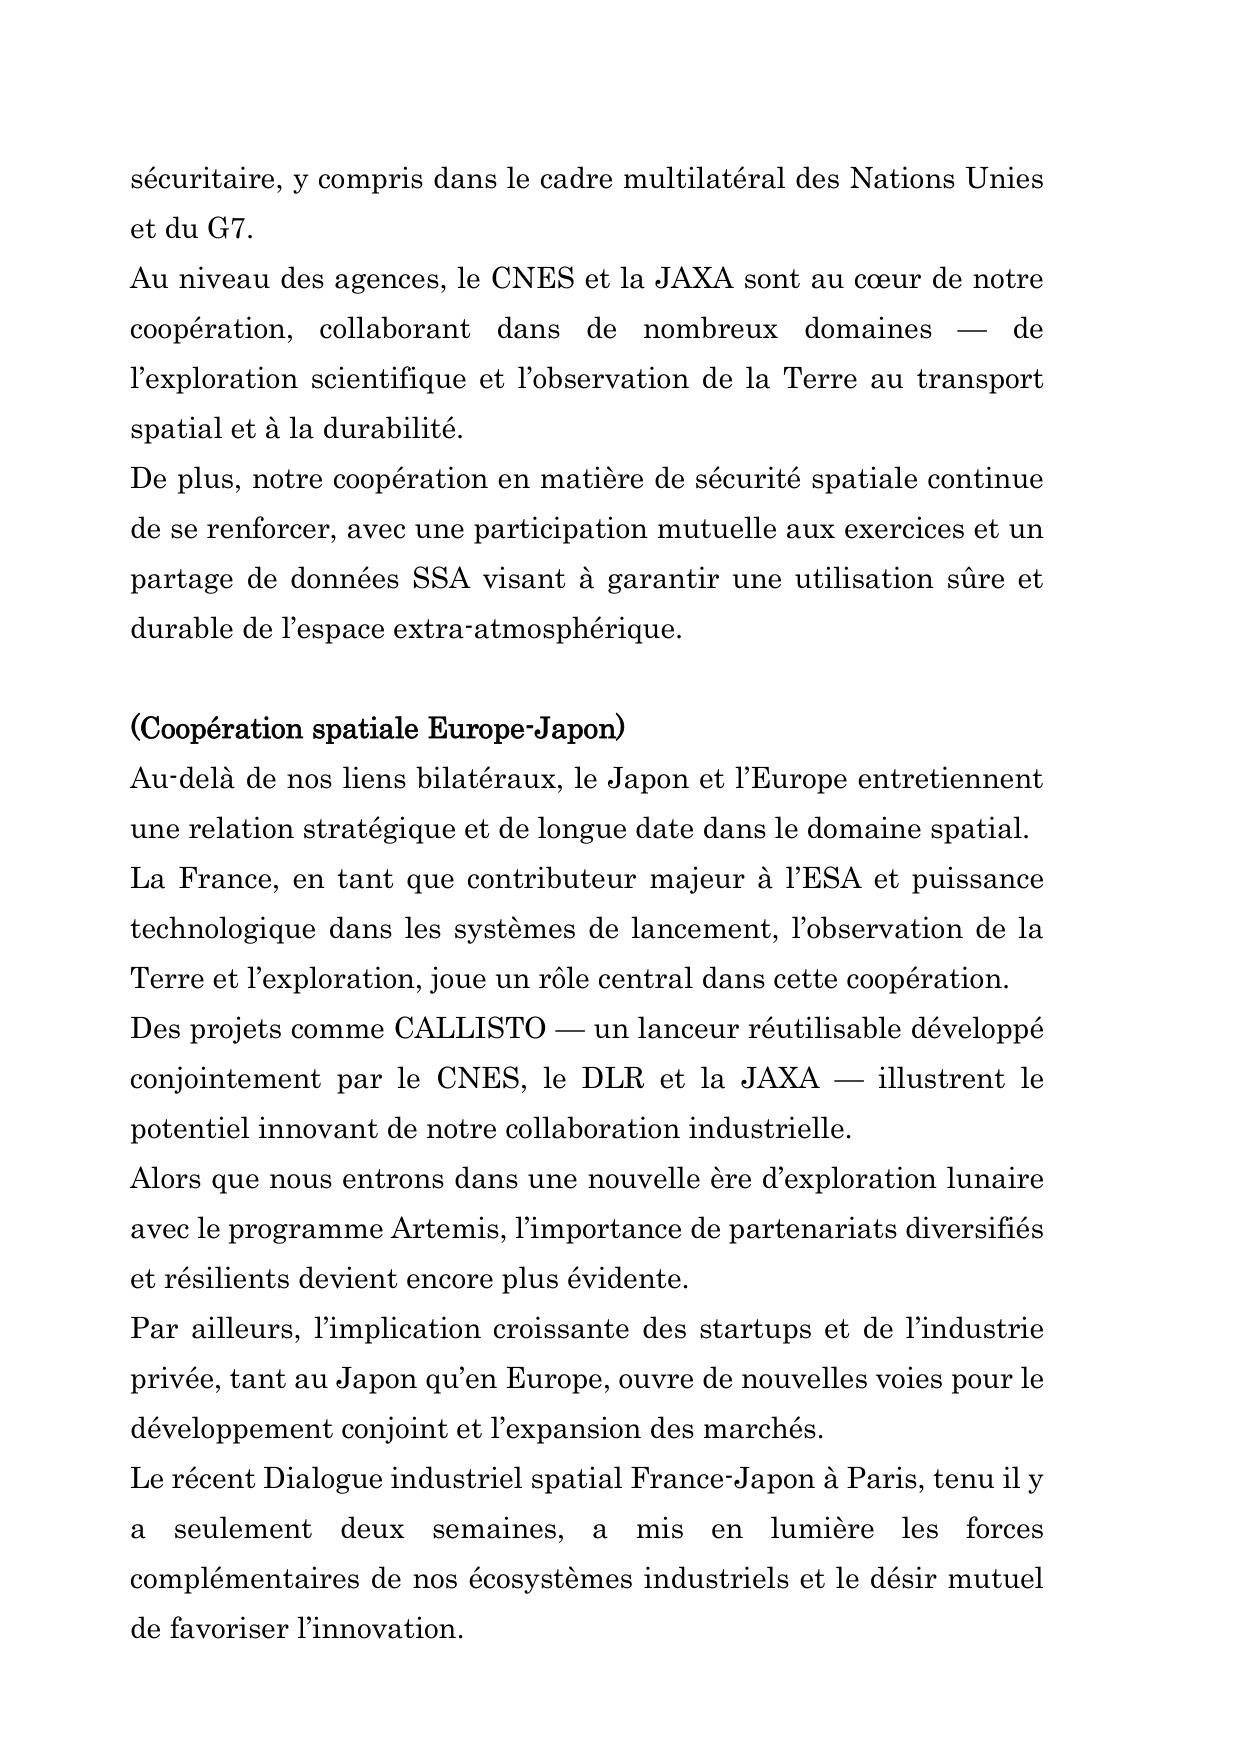
sécuritaire, y compris dans le cadre multilatéral des Nations Unies
et du G7.
Au niveau des agences, le CNES et la JAXA sont au cœur de notre
coopération, collaborant dans de nombreux domaines — de
l’exploration scientifique et l’observation de la Terre au transport
spatial et à la durabilité.
De plus, notre coopération en matière de sécurité spatiale continue
de se renforcer, avec une participation mutuelle aux exercices et un
partage de données SSA visant à garantir une utilisation sûre et
durable de l’espace extra-atmosphérique.

(Coopération spatiale Europe-Japon)
Au-delà de nos liens bilatéraux, le Japon et l’Europe entretiennent
une relation stratégique et de longue date dans le domaine spatial.
La France, en tant que contributeur majeur à l’ESA et puissance
technologique dans les systèmes de lancement, l’observation de la
Terre et l’exploration, joue un rôle central dans cette coopération.
Des projets comme CALLISTO — un lanceur réutilisable développé
conjointement par le CNES, le DLR et la JAXA — illustrent le
potentiel innovant de notre collaboration industrielle.
Alors que nous entrons dans une nouvelle ère d’exploration lunaire
avec le programme Artemis, l’importance de partenariats diversifiés
et résilients devient encore plus évidente.
Par ailleurs, l’implication croissante des startups et de l’industrie
privée, tant au Japon qu’en Europe, ouvre de nouvelles voies pour le
développement conjoint et l’expansion des marchés.
Le récent Dialogue industriel spatial France-Japon à Paris, tenu il y
a seulement deux semaines, a mis en lumière les forces
complémentaires de nos écosystèmes industriels et le désir mutuel
de favoriser l’innovation.